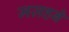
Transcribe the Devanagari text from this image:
मज़हबे